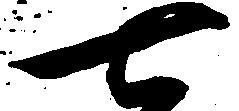
七